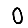
Digit: 0